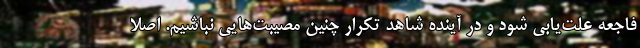
فاجعه علت‌یابی شود و در آینده شاهد تکرار چنین مصیبت‌هایی نباشیم. اصلاً